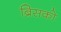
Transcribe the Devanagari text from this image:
ब्रिसको